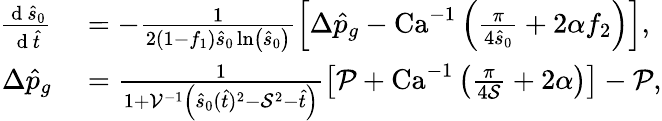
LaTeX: \begin{array}{rl}{\frac{\mathrm{~d~}\hat{s}_{0}}{\mathrm{~d~}\hat{t}}}&{{}=-\frac{1}{2(1-f_{1})\hat{s}_{0}\ln\left(\hat{s}_{0}\right)}\left[\Delta\hat{p}_{g}-\textrm{Ca}^{-1}\left(\frac{\pi}{4\hat{s}_{0}}+2\alpha f_{2}\right)\right],}\\ {\Delta\hat{p}_{g}}&{{}=\frac{1}{1+\mathcal{V}^{-1}\left(\hat{s}_{0}(\hat{t})^{2}-\mathcal{S}^{2}-\hat{t}\right)}\left[\mathcal{P}+\textrm{Ca}^{-1}\left(\frac{\pi}{4\mathcal{S}}+2\alpha\right)\right]-\mathcal{P},}\end{array}